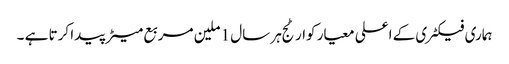
ہماری فیکٹری کے اعلی معیار کوارٹج ہر سال 1 ملین مربع میٹر پیدا کرتا ہے ۔